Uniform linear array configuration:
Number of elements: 12
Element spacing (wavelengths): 0.75
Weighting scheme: exponential
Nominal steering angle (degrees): -60
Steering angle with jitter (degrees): -60.461
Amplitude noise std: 0.05
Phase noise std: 0.05

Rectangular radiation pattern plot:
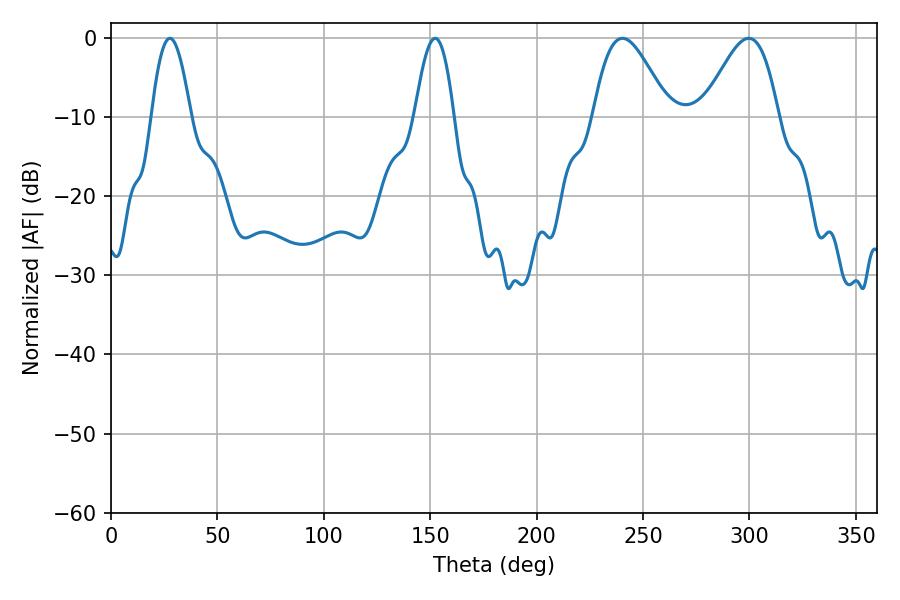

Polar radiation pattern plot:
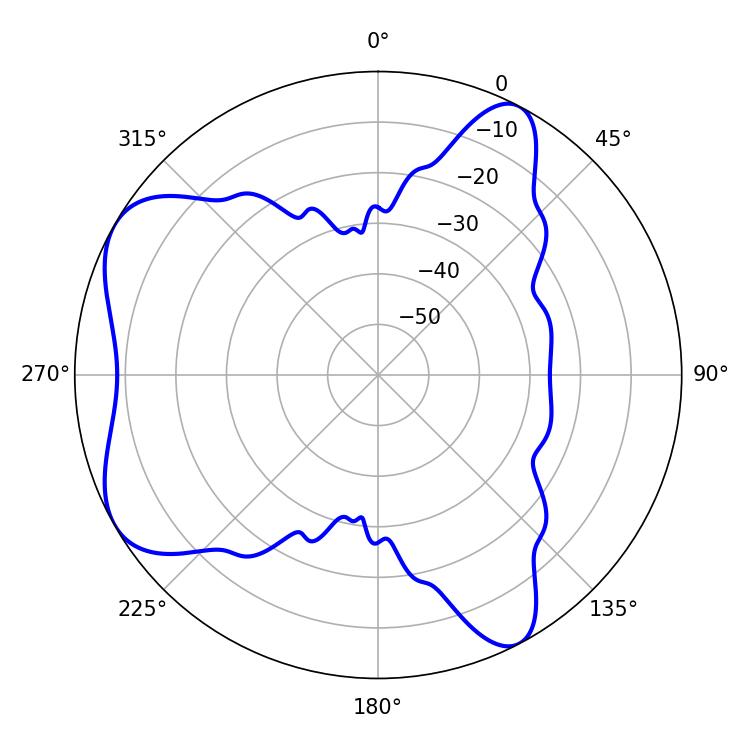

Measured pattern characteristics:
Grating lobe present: TRUE
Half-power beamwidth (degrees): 18.9
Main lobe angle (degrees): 240.3